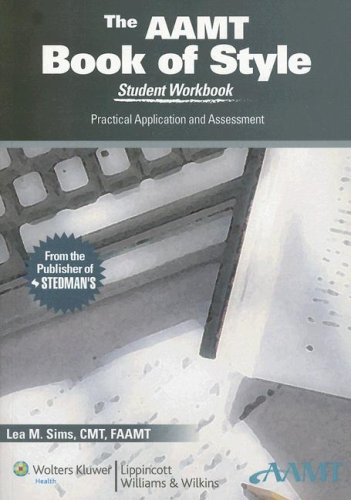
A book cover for AAMT Book of Style Student Workbook: Practical Application and Assessment; American Association for Medical Transcription (AAMT); Medical Books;